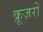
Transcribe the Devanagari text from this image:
क्रूज़रों